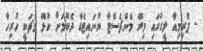
- ޕްރިމިއާ ލީގުގައި މިރޭ މެންޗެސްޓާ ޔުނަައިޓެޑާ ދެކޮޅަށް ކުޅޭ މެޗަކީ ހުރިހާ